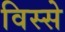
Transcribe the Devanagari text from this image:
विस्से